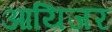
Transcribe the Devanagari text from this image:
आयिजर